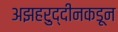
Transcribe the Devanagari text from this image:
अझहरुद्दीनकडून